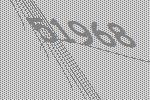
51968